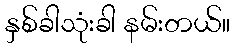
နှစ်ခါသုံးခါ နမ်းတယ်။